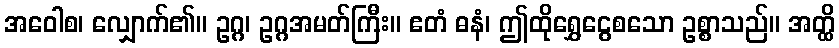
အဝေါစ၊ လျှောက်၏။ ဥဂ္ဂ၊ ဥဂ္ဂအမတ်ကြီး။ ဧတံ ဓနံ၊ ဤထိုရွှေငွေစသော ဥစ္စာသည်။ အတ္ထိ